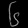
Digit: ၆